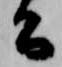
公